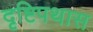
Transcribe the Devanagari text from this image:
दृष्टिपथास